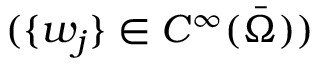
( \{ w _ { j } \} \in C ^ { \infty } ( \Bar { \Omega } ) )